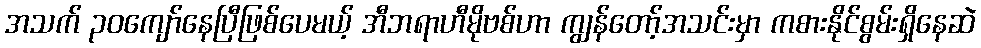
အသက် ၃၀ကျော်နေပြီဖြစ်ပေမယ့် အီဘရာဟီမိုဗစ်ဟာ ကျွန်တော့်အသင်းမှာ ကစားနိုင်စွမ်းရှိနေဆဲ